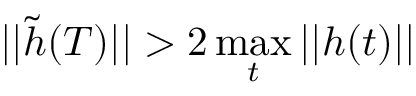
| | \tilde { h } ( T ) | | > 2 \operatorname* { m a x } _ { t } | | h ( t ) | |